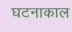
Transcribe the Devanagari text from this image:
घटनाकाल